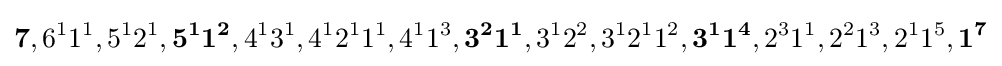
\mathbf {7} ,6^{1}1^{1},5^{1}2^{1},\mathbf {5^{1}1^{2}} ,4^{1}3^{1},4^{1}2^{1}1^{1},4^{1}1^{3},\mathbf {3^{2}1^{1}} ,3^{1}2^{2},3^{1}2^{1}1^{2},\mathbf {3^{1}1^{4}} ,2^{3}1^{1},2^{2}1^{3},2^{1}1^{5},\mathbf {1^{7}}